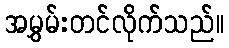
အမွှမ်းတင်လိုက်သည်။